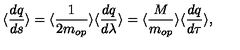
\langle \frac { d q } { d s } \rangle = \langle \frac { 1 } { 2 m _ { o p } } \rangle \langle \frac { d q } { d \lambda } \rangle = \langle \frac { M } { m _ { o p } } \rangle \langle \frac { d q } { d \tau } \rangle ,